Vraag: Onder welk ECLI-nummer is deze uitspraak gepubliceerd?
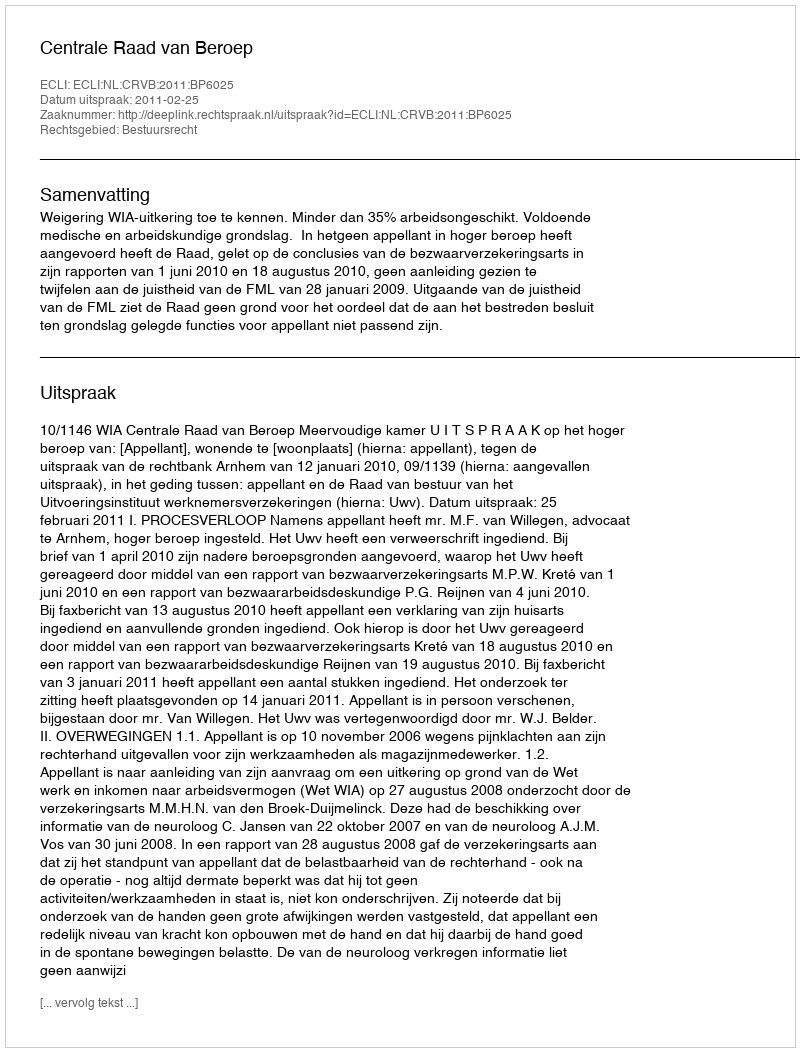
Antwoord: ECLI:NL:CRVB:2011:BP6025